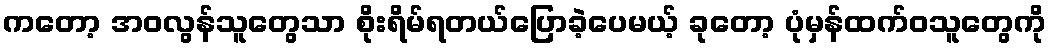
ကတော့ အဝလွန်သူတွေသာ စိုးရိမ်ရတယ်ပြောခဲ့ပေမယ့် ခုတော့ ပုံမှန်ထက်ဝသူတွေကို